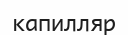
капилляр